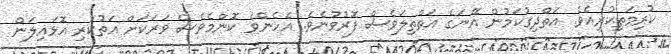
ކުރިމަތިކުރިއެވެ. އަތްދިގުކަމުން އޭނަގެ އަތްތިލަވެސް ފޮރުވުނެވެ. އެހެންވެ ކޮންމެވެސް ވަރަކަށް އަތުކުރި އޮޅައިލަން